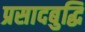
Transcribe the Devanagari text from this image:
प्रसादबुद्धि